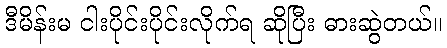
ဒီမိန်းမ ငါးပိုင်းပိုင်းလိုက်ရ ဆိုပြီး ဓားဆွဲတယ်။